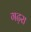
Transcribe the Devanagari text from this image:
गढ़रा